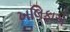
ખલિફાએ